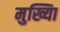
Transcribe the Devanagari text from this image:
मुख्यिा